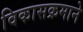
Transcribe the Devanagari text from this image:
विकासक्रमाने